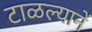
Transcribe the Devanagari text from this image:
टाळल्यानें